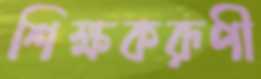
শিক্ষকরূপী